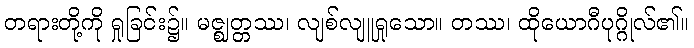
တရားတို့ကို ရှုခြင်း၌။ မဇ္ဈတ္တဿ၊ လျစ်လျူရှုသော။ တဿ၊ ထိုယောဂီပုဂ္ဂိုလ်၏။